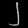
Digit: ၂